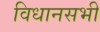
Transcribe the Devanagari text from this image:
विधानसभी